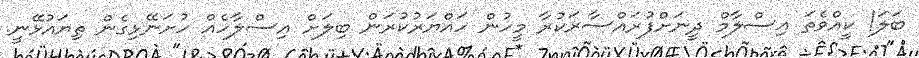
ބަލަ! ކީއްވެތަ އިސްލާމް ދީނަށްފުރައްސާރަކުރާ މީހުން ހައްޔަރުކުރަން ބިލަށް އިސްލާހެއް ހުށަނޭޅިގެން ތިޔައުޅޭނީ.